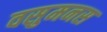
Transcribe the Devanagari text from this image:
वसुमनस